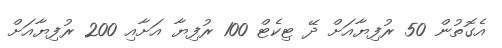
އެގޮތުން 50 ރުފިޔާއަށް ދޭ ޓިކެޓް 100 ރުފިޔާ އަށާއި 200 ރުފިޔާއަށް